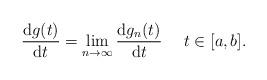
LaTeX: \begin{align*}\frac{\mathrm d g(t)}{\mathrm d t}&=\lim_{n\to\infty} \frac{\mathrm dg_n(t)}{\mathrm d t}\quad\ t\in [a,b]. \end{align*}